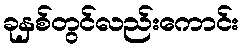
ခုနှစ်တွင်လည်းကောင်း